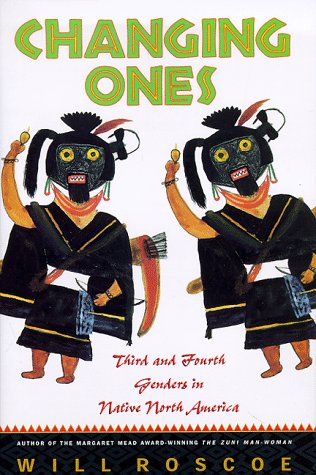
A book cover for Changing Ones: Third and Fourth Genders in Native North America; Gay & Lesbian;